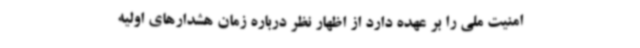
امنیت ملی را بر عهده دارد از اظهار نظر درباره زمان هشدارهای اولیه